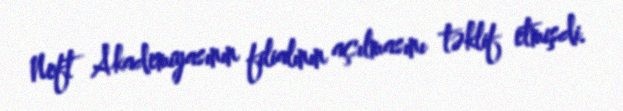
Neft Akademiyasının filialının açılmasını təklif etmişdi.